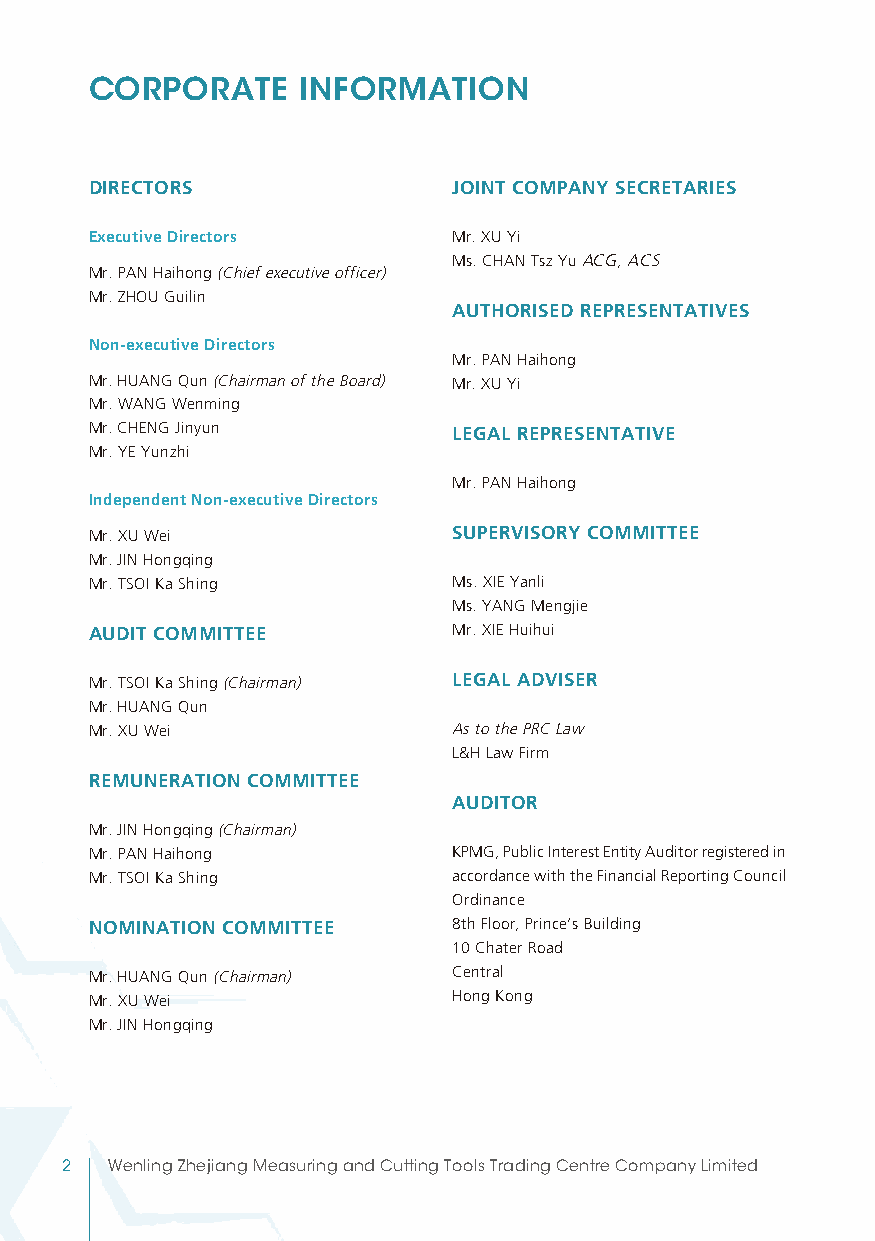
CORPORATE     INFORMATION
 DIRECTORS               JOINT COMPANY SECRETARIES
 Executive Directors     Mr. XU Yi
 Ms. CHAN Tsz Yu ACG, ACS
 Mr. PAN Haihong (Chief executive officer)
 Mr. ZHOU Guilin
 AUTHORISED REPRESENTATIVES
 Non-executive Directors
 Mr. PAN Haihong
 Mr. HUANG Qun (Chairman of the Board) Mr. XU Yi
 Mr. WANG Wenming
 Mr. CHENG Jinyun        LEGAL REPRESENTATIVE
 Mr. YE Yunzhi
 Mr. PAN Haihong
 Independent Non-executive Directors
 Mr. XU Wei              SUPERVISORY COMMITTEE
 Mr. JIN Hongqing
 Mr. TSOI Ka Shing       Ms. XIE Yanli
 Ms. YANG Mengjie
 AUDIT COMMITTEE         Mr. XIE Huihui
 Mr. TSOI Ka Shing (Chairman) LEGAL ADVISER
 Mr. HUANG Qun
 Mr. XU Wei              As to the PRC Law
 L&H Law Firm
 REMUNERATION COMMITTEE
 AUDITOR
 Mr. JIN Hongqing (Chairman)
 Mr. PAN Haihong         KPMG, Public Interest Entity Auditor registered in
 Mr. TSOI Ka Shing       accordance with the Financial Reporting Council
 Ordinance
 NOMINATION COMMITTEE    8th Floor, Prince’s Building
 10 Chater Road
 Mr. HUANG Qun (Chairman) Central
 Mr. XU Wei              Hong Kong
 Mr. JIN Hongqing
 2  Wenling Zhejiang Measuring and Cutting Tools Trading Centre Company Limited